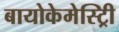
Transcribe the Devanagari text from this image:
बायोकेमेस्ट्रिी